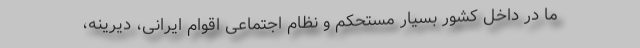
ما در داخل کشور بسیار مستحکم و نظام اجتماعی اقوام ایرانی، دیرینه،